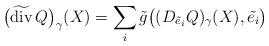
LaTeX: \begin{gather*}\big(\widetilde{\operatorname{div}}\, Q\big)_{\gamma}(X)=\sum_i\tilde{g}\big((D_{\tilde e_i}Q)_{\gamma}(X),\tilde{e_i}\big)\end{gather*}